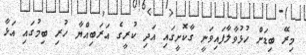
މިރޭ ބިޑަށް ހުޅުވާލާފައިވަނީ ގާކޮށީގައި އަދި ކުރީގެ އަރަބިއްޔާ ހުރި ބިމުގައި އަޅާ